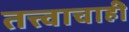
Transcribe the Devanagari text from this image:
तत्त्वाचाही